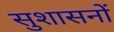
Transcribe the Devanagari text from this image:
सुशासनों